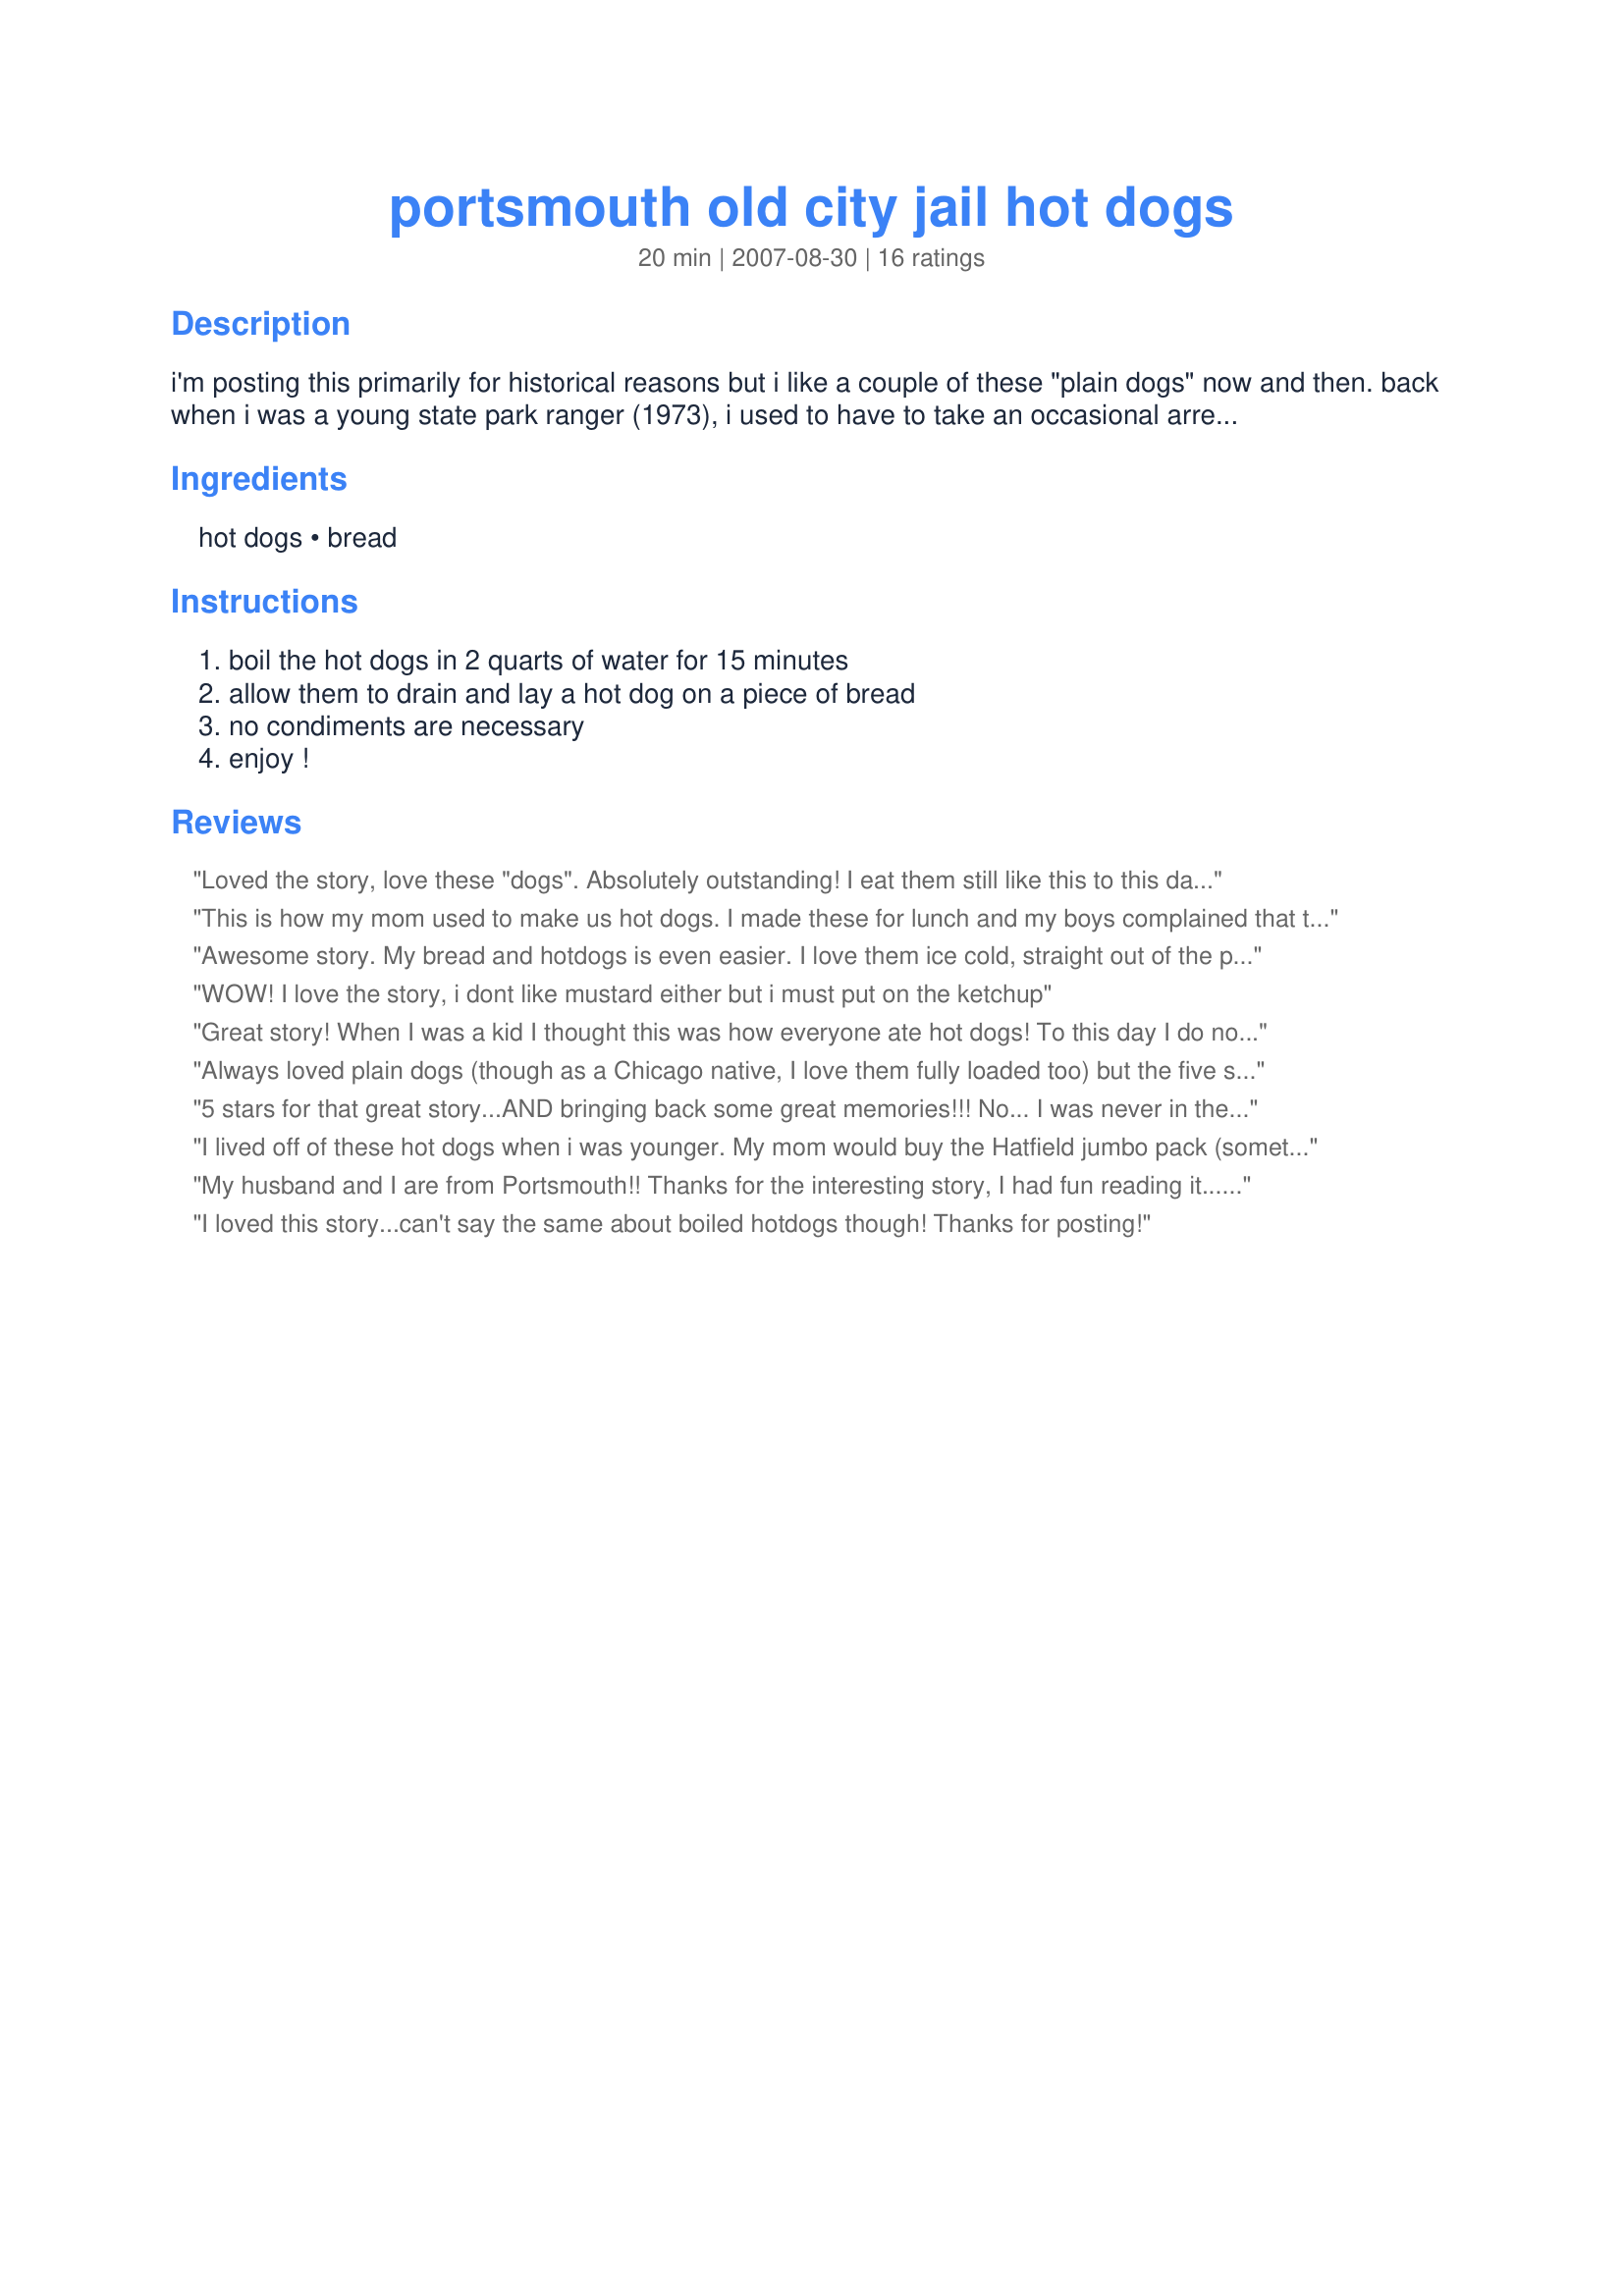
portsmouth old city jail hot dogs
Preparation time: 20 minutes

i'm posting this primarily for historical reasons but i like a couple of these "plain dogs" now and then. back when i was a young state park ranger (1973), i used to have to take an occasional arrestee from my park into town, to the portsmouth, (ohio), "old city jail". nowadays, there is no such place as all prisoners go to the new county jail. the old city jail was pretty dreadful, occupied mostly by "the regulars," winos and other derelicts. anyway, if i took a prisoner in around lunch or supper time, i usually got drafted into helping old sergeant thompson feed the inmates. there wasn't a lot of staff (usually just him and me), and we'd fire up the old electric range to boil a huge pot of water. i'd holler in at the trustee for an inmate count and we'd double that number to know how many hot dogs we needed, usually about 60 or so. when the hot dogs were done, the men lined up inside the jail and, through a hole in the steel door, we'd hand each man two slices of bread with two hot dogs on top. that's what each man got for lunch and that's what they got for supper too -- 2 hot dogs and a pop can (with the top cut out) full of cold milk. there was no mustard nor were there any other condiments. sergeant thompson always said that if you gave them mustard, it was hard on their stomachs since most of these poor men lived exclusively on cheap wine when they were on the outside. once in awhile i'd have a couple of these dogs along with the trustee and i must say that i enjoyed those little meals and the appurtenant conversation. trustees know a lot of things. in any case, if you're in a mood to have something fast and simple, there are certainly worse things that you could eat! oh yeah, breakfast? they got 2 day-old glazed donuts and a hot cup of boiled coffee -- no cream, no sugar. *.*

Ingredients:
hot dogs, bread

Steps:
boil the hot dogs in 2 quarts of water for 15 minutes, allow them to drain and lay a hot dog on a piece of bread, no condiments are necessary, enjoy !

Reviews:
Loved the story, love these "dogs". Absolutely outstanding! I eat them still like this to this day, although I like finely chopped (minced) onion, too. But the bread (white) is a have-to! Keep writing your stories, their great! Thanks for the post!
This is how my mom used to make us hot dogs. I made these for lunch and my boys complained that there wasn't any ketchup. I still enjoy them boiled and plain.
Awesome story. My bread and hotdogs is even easier. I love them ice cold, straight out of the package with soft white bread. Yum. If they are cold, they don't even need mayo or mustard. Key here though is a good brand of hotdogs--Ball Park is my favorite.
WOW! I love the story, i dont like mustard either but i must put on the ketchup
Great story! When I was a kid I thought this was how everyone ate hot dogs! To this day I do not like mustard on my hot dogs, though I do prefer a bun over white bread :) Thanks for the stroll done memory lane.
Always loved plain dogs (though as a Chicago native, I love them fully loaded too) but the five stars here is really for the story. That was pretty cool. Thanks for sharing :-)
5 stars for that great story...AND bringing back some great memories!!! No... I was never in the Portsmouth Old City Jail (LOL) but when I was a kid, my parents were very frugal. We didn't get any gourmet hot dogs or anything like that... plus my parents are Thai and didn't eat a lot of baked goods, but we always had plenty of cheap white bread around for us kids to make sandwiches to take to school for lunch. So, being as frugal as they were, they would just wrap a piece of bread around a hot dog and let us have at it! We were lukcy if there were a couple of stray packets of mustard or ketchup laying around the house to dress them up with!!! Sometimes, when I crave a quick hot dog, I will nuke it quickly and slap it on a piece of bread... the looks my BF gave me after he saw me eating the first one was priceless!!! Thanks again Bone Man!
I lived off of these hot dogs when i was younger. My mom would buy the Hatfield jumbo pack (something like 30 hotdogs). It had a distinct yellow packaging and i'd have to chisel off the amount i'd want from the frozen mass of hotdogs. I'd boil em like you said bone man, Then slap them around a piece of local Stroehmann white bread. Usually i'd add some sort of condiment. saurkraut, relish, ketchup, mustard, mayonaise (the best in my book). The only problem was if you waited too long the relish or the saurkraut would soak through the white bread. so i'd have to eat fast if it was a day i used kraut or relish. Ahh the good old days. Thanks for the story also boneman, it was enteraining.
My husband and I are from Portsmouth!! Thanks for the interesting story, I had fun reading it...and the hot dogs ain't that bad either ;)
I loved this story...can't say the same about boiled hotdogs though! Thanks for posting!
I gave this 4 stars. I loved hot dogs on bread when I was kid. I remember being so excited when mom said we was having hot dogs for dinner. When I was a kid things were super tight for my single mom of 3. We had alot of nights of hot dogs and bread (of course we could afford ketchup & mustard)but there were those rare night we could afford buns which I so looked forward to as they are just so much better then just bread. I had my fill of bread and hot dogs when I was a kid so now I WON'T eat them on bread buns only for me. Thanks for the trip down memory lane and thanks for posting a good recipe. Christine (internetnut)
great story:) nothing beats a good old hot dog when you are in a hurry.
I love these on a rare occasion. Ranks right up there with balogna slapped between two pieces of REALLY soft white bread, and a little mustard if you got it!
Growing up in a large family with very little money...we ate these alot when my dad was cooking and my mom was working. Love your story too, makes these even more special. Thank you so much for sharing!
Love this story! I remember this how my grandpa ate them when he just wanted something quick. Not to bad for fast lunch! Thanks for reminding me!
I really enjoyed your story. Thanks for the posting.
